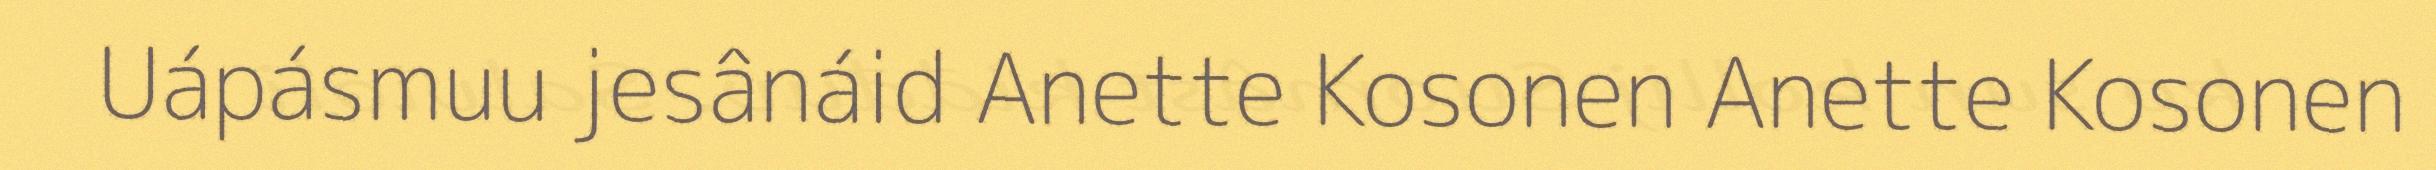
Uápásmuu jesânáid Anette Kosonen Anette Kosonen